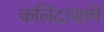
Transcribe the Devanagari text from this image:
कलिदासाचे